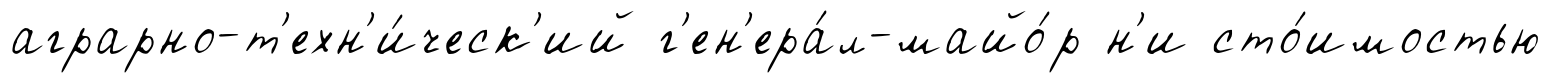
аграрно-т'ехн'и́ческ'ий г'ен'ера́л-майо́р н'и сто́имостью